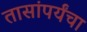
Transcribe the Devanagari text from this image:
तासांपर्यंचा